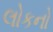
લોકનો